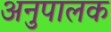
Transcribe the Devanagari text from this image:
अनुपालक